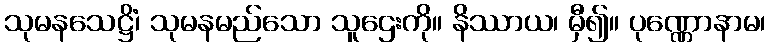
သုမနသေဋ္ဌိံ၊ သုမနမည်သော သူဌေးကို။ နိဿာယ၊ မှီ၍။ ပုဏ္ဏောနာမ၊